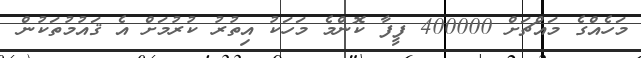
މަހެއްގެ މައްޗަށް 400000 ފީފާ ކޮންމެ މަހަކު އިތުރު ކުރުމަށް އެ ޤައުމުތަކުން